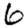
Digit: 6